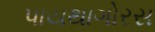
પાયથાગોરસ